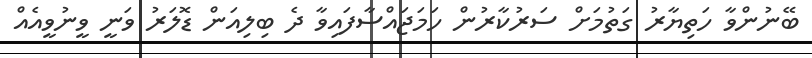
ބޭނުންވާ ހަތިޔާރު ގަތުމަށް ސަރުކާރުން ހަމަޖައްސާފައިވާ ދެ ބިލިއަން ޑޮލަރު ވަނީ ވީނުވީއެއް